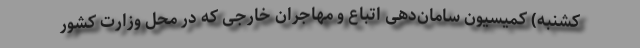
کشنبه) کمیسیون سامان‌دهی اتباع و مهاجران خارجی که در محل وزارت کشور